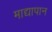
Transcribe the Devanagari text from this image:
माद्यापान